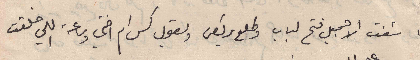
ما شفت الا جميل فتح الباب وطلع يركض ويقول كس ام اختي وساعة اللي خلقت